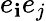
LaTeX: e_{\mathbf{i}}e_{j}